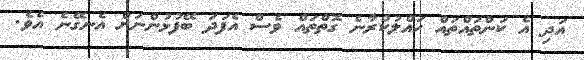
އަދި އެ ކަންތައްތައް ހައްލުކުރާނެ ގޮތްތައް ވެސް އެފަދަ ބޭފުޅުންނަށް އެނގޭނެ އެވެ.